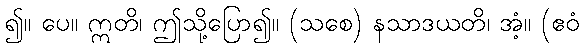
၍။ ပေ။ ဣတိ၊ ဤသို့ပြော၍။ (သစေ) နသာဒယတိ၊ အံ့။ (ဧဝံ